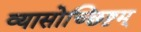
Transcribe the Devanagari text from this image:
व्यासोच्छिष्टम्